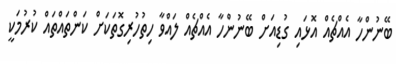
ބޭނުންހާ އެއްޗެއް އޮޅައި ގުޑިއަށް ބޭނުންހާ އެއްޗެއް ލައްވާ ހިތުހުރިގޮތަކަށް ކަންތައްތައް ކުރުމަކީ